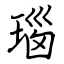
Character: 瑙